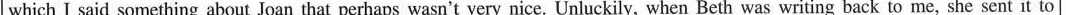
which I said something about Joan that perhaps wasn't very nice. Unluckily, when Beth was writing back to me, she sent it to